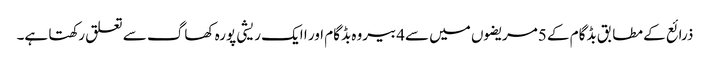
ذرائع کے مطابق بڈگام کے 5مریضوں میں سے4بیروہ بڈگام اور ا ایک ریشی پورہ کھاگ سے تعلق رکھتا ہے۔